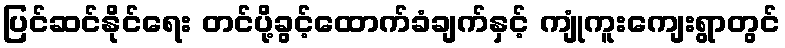
ပြင်ဆင်နိုင်ရေး တင်ပို့ခွင့်ထောက်ခံချက်နှင့် ကျုံကူးကျေးရွာတွင်